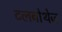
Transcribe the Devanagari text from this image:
टलबोथेज़